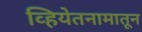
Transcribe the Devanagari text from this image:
व्हियेतनामातून